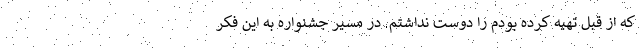
که از قبل تهیه کرده بودم را دوست نداشتم. در مسیر جشنواره به این فکر